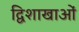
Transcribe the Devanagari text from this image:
द्विशाखाओं